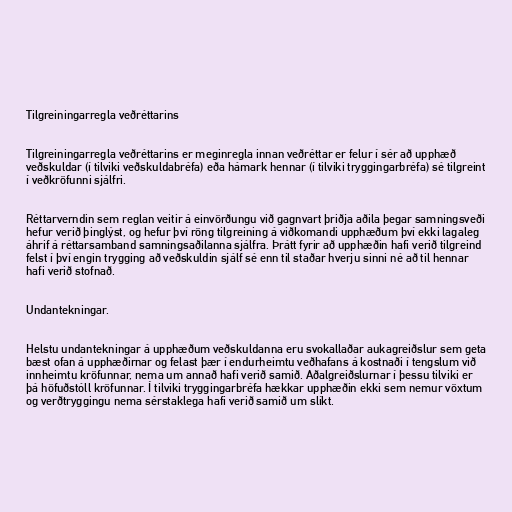
Tilgreiningarregla veðréttarins

Tilgreiningarregla veðréttarins er meginregla innan veðréttar er felur í sér að upphæð
veðskuldar (í tilviki veðskuldabréfa) eða hámark hennar (í tilviki tryggingarbréfa) sé tilgreint
í veðkröfunni sjálfri.

Réttarverndin sem reglan veitir á einvörðungu við gagnvart þriðja aðila þegar samningsveði
hefur verið þinglýst, og hefur því röng tilgreining á viðkomandi upphæðum því ekki lagaleg
áhrif á réttarsamband samningsaðilanna sjálfra. Þrátt fyrir að upphæðin hafi verið tilgreind
felst í því engin trygging að veðskuldin sjálf sé enn til staðar hverju sinni né að til hennar
hafi verið stofnað.

Undantekningar.

Helstu undantekningar á upphæðum veðskuldanna eru svokallaðar aukagreiðslur sem geta
bæst ofan á upphæðirnar og felast þær í endurheimtu veðhafans á kostnaði í tengslum við
innheimtu kröfunnar, nema um annað hafi verið samið. Aðalgreiðslurnar í þessu tilviki er
þá höfuðstóll kröfunnar. Í tilviki tryggingarbréfa hækkar upphæðin ekki sem nemur vöxtum
og verðtryggingu nema sérstaklega hafi verið samið um slíkt.